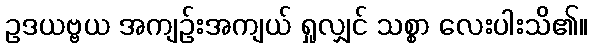
ဥဒယဗ္ဗယ အကျဉ်းအကျယ် ရှုလျှင် သစ္စာ လေးပါးသိ၏။